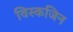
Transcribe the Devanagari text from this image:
विस्कजिन